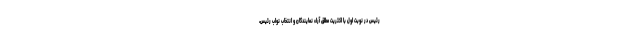
رئیس در نوبت اول با اکثریت مطلق آراء نمایندگان و انتخاب نواب رئیس،